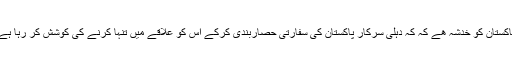
پاکستان کو خدشہ ھے کہ کہ دہلی سرکار پاکستان کی سفارتی حصاربندی کرکے اس کو علاقے میں تنہا کرنے کی کوشش کر رہا ہے۔